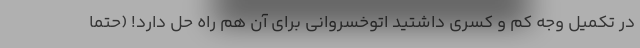
در تكميل وجه كم و كسري داشتيد اتوخسرواني براي آن هم راه حل دارد! (حتما